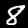
Digit: 8